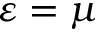
\varepsilon = \mu